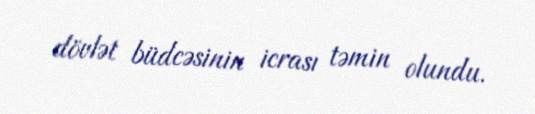
dövlət büdcəsinin icrası təmin olundu.